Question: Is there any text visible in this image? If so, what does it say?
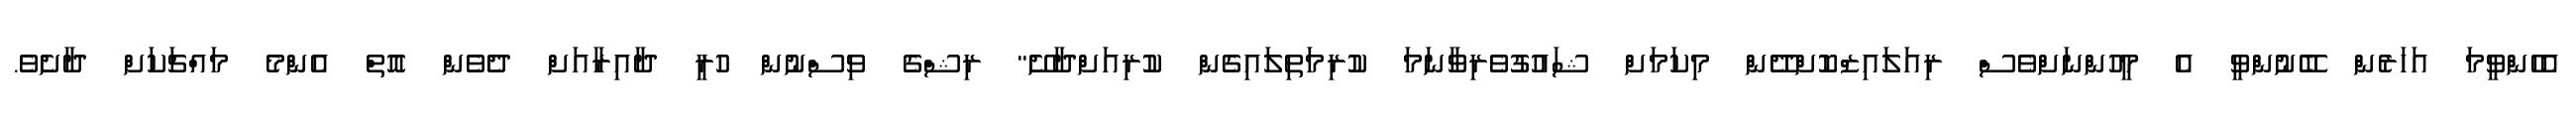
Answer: އެހެންވީމަ އަހަރެން ބޭނުންވީ އެ މީހުންނަށްވެސް ރިއަލައިޒްކޮށްދޭން މިކަމަށް ޝައުގުވެރިވާނަމަ ކުރިމަތިލައިގެން ކުރިއަށްދާށޭ" ރިޝްގެ ވިސްނުން ހުރީ ދާއިރާއަށް ދެވެން އޮތް އެންމެ މައްޗަކަށް ދާށެވެ.